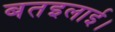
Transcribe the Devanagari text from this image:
बतइलाई।